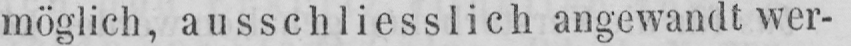
möglich, ausschliesslich angewandt wer-